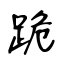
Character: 跪